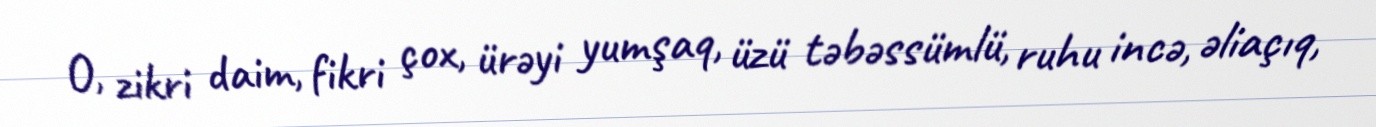
O, zikri daim, fikri çox, ürəyi yumşaq, üzü təbəssümlü, ruhu incə, əliaçıq,